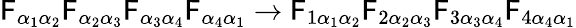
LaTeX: {\mathsf{F}_{\alpha_{1}\alpha_{2}}}{\mathsf{F}_{\alpha_{2}\alpha_{3}}}{\mathsf{F}_{\alpha_{3}\alpha_{4}}}{\mathsf{F}_{\alpha_{4}\alpha_{1}}}\rightarrow{\mathsf{F}_{1\alpha_{1}\alpha_{2}}}{\mathsf{F}_{2\alpha_{2}\alpha_{3}}}{\mathsf{F}_{3\alpha_{3}\alpha_{4}}}{\mathsf{F}_{4\alpha_{4}\alpha_{1}}}